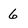
Character: 6